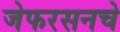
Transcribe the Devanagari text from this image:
जेफरसनचे